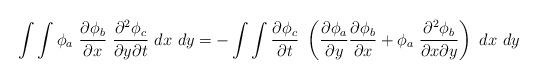
LaTeX: \begin{align*}\int\int\phi_a~\frac{\partial\phi_b}{\partial x}~\frac{\partial^2\phi_c}{\partial y\partial t}~dx~dy=-\int\int\frac{\partial\phi_c}{\partial t}~\left(\frac{\partial\phi_a}{\partial y}\frac{\partial\phi_b}{\partial x}+\phi_a~\frac{\partial^2\phi_b}{\partial x\partial y}\right)~dx~dy\end{align*}